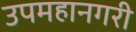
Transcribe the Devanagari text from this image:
उपमहानगरी